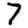
Digit: 7